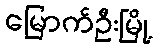
မြောက်ဦးမြို့